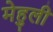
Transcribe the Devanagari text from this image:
मेहुली